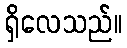
ရှိလေသည်။